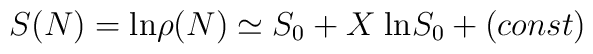
S(N) = {\rm ln} \rho(N) \simeq S_0 + X \; {\rm ln} S_0 + (const)